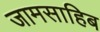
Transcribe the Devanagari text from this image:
जामसाहिब